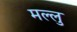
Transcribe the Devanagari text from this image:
मल्लु